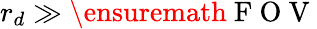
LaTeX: r_{d}\gg\ensuremath{\mathrm{~F~O~V~}}